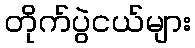
တိုက်ပွဲငယ်များ